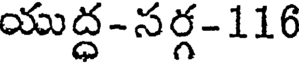
యుద్ధ-సర్గ-116